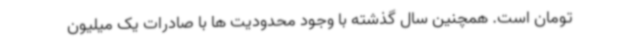
تومان است. همچنین سال گذشته با وجود محدودیت ها با صادرات یک میلیون